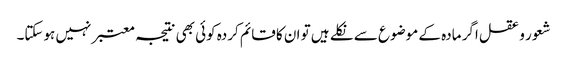
شعور و عقل اگر مادہ کے موضوع سے نکلے ہیں تو ان کا قائم کردہ کوئی بھی نتیجہ معتبر نہیں ہوسکتا۔